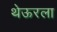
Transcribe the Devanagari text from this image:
थेऊरला